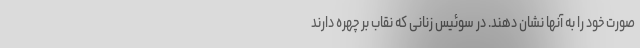
صورت خود را به آنها نشان دهند. در سوئیس زنانی که نقاب بر چهره دارند